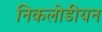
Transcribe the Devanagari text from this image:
निकलोडीयन